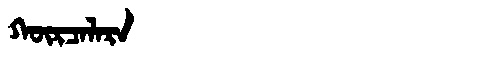
Manchu: ᡴᡡᡵᠴᠠᠯᠠᡵᠠ
Romanization: KŪRCALARA